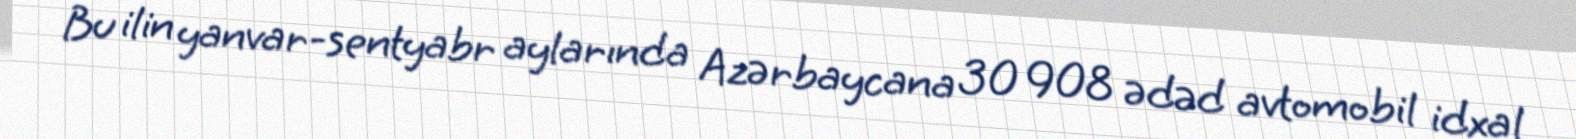
Bu ilin yanvar-sentyabr aylarında Azərbaycana 30 908 ədəd avtomobil idxal